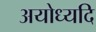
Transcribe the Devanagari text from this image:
अयोध्यदि